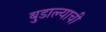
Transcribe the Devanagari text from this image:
बुडाल्याची